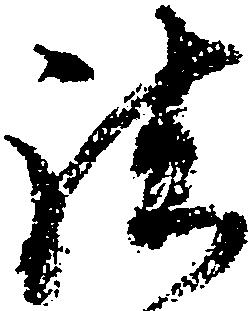
諸